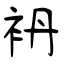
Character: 袇